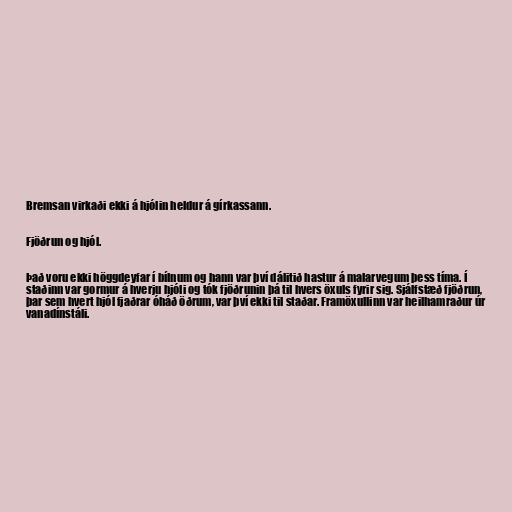
Bremsan virkaði ekki á hjólin heldur á gírkassann.

Fjöðrun og hjól.

Það voru ekki höggdeyfar í bílnum og hann var því dálitið hastur á malarvegum þess tíma. Í
staðinn var gormur á hverju hjóli og tók fjöðrunin þá til hvers öxuls fyrir sig. Sjálfstæð fjöðrun,
þar sem hvert hjól fjaðrar óháð öðrum, var því ekki til staðar. Framöxullinn var heilhamraður úr
vanadínstáli.